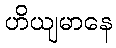
ဟိယျမာနေ